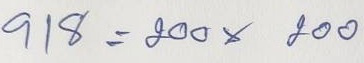
918 = 200 x 200